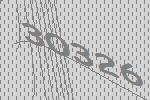
30326